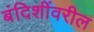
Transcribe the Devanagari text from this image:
बंदिशींवरील